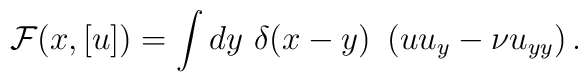
{\cal F}(x,[u])=\int dy~\delta(x-y)~\left(u u_y - \nu u_{yy}\right).